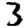
Digit: 3